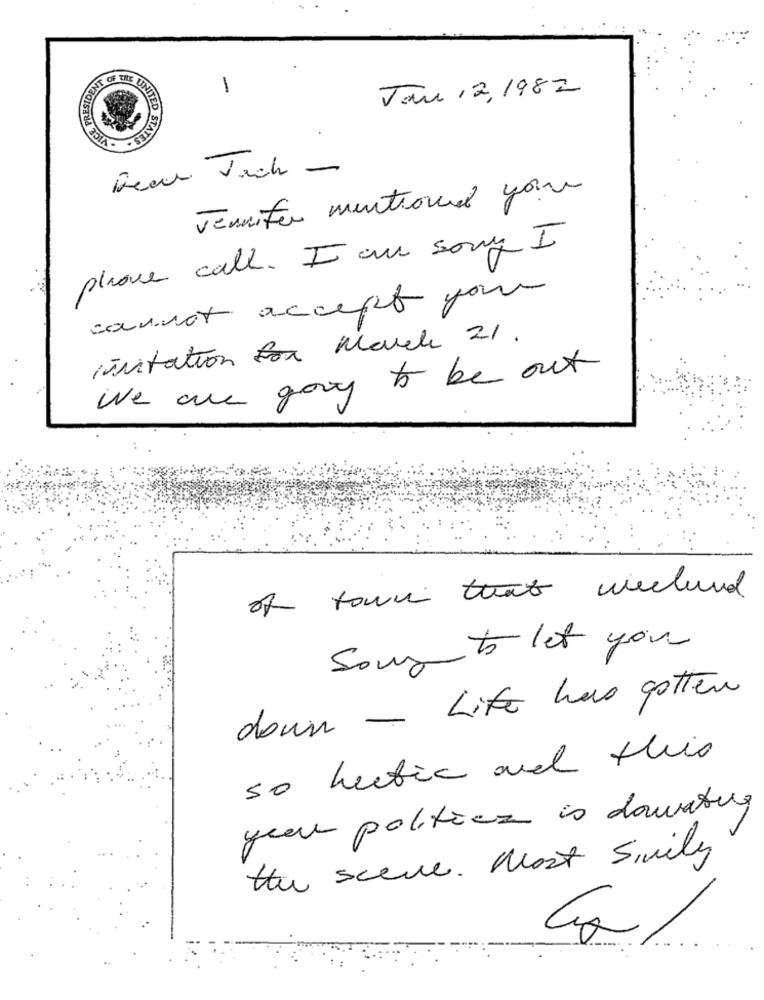
1
Jan 12, 1982
INT OF BIE UNIT
INBOIS
UNITED
STATES
Bear Vich -
Jennifer mentioned you
please call. I am sorry I
cannot accept your
invitation for March 21 .
We are good to be out
of town that wieland
Song to let you
down - Life has gotten
so hectic and this
your politics is dowanting
the scene. Most Simily